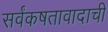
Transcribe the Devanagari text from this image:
सर्वंकषतावादाची